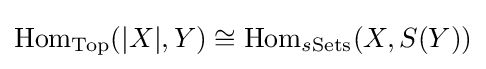
{\text{Hom}}_{\text{Top}}(|X|,Y)\cong {\text{Hom}}_{s{\text{Sets}}}(X,S(Y))